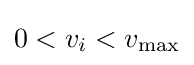
0<v_{i}<v_{\max }